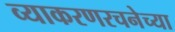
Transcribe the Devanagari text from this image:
व्याकरणरचनेच्या